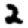
Digit: 2